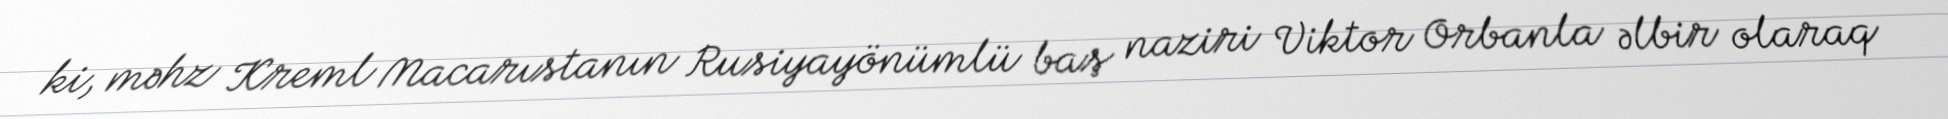
ki, məhz Kreml Macarıstanın Rusiyayönümlü baş naziri Viktor Orbanla əlbir olaraq